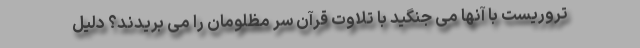
تروریست با آنها می جنگید با تلاوت قرآن سر مظلومان را می بریدند؟ دلیل